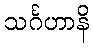
သင်္ဂဟာနိ